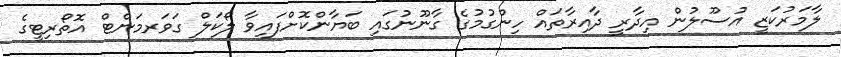
ލާމަރުކަޒީ އުސޫލުން އިދާރީ ދާއިރާތައް ހިންގުމުގެ ގާނޫނުގައި ބަޔާންކޮށްފައިވާ ލޯކަލް ގަވަރމަންޓް އޮތޯރިޓީގެ